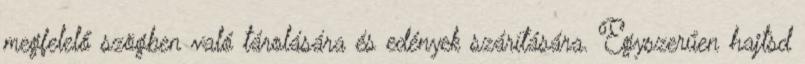
megfelelő szögben való tárolására és edények szárítására. Egyszerűen hajtsd